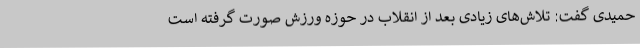
حمیدی گفت: تلاش‌های زیادی بعد از انقلاب در حوزه ورزش صورت گرفته است